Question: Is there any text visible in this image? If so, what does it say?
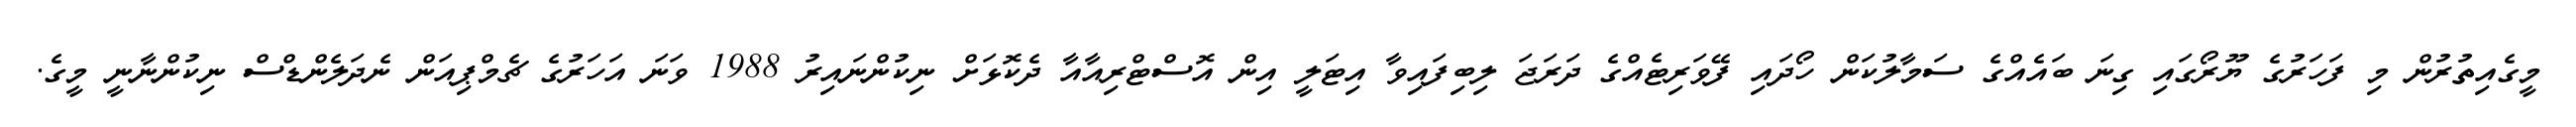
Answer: މީގެއިތުރުން މި ފަހަރުގެ ޔޫރޯގައި ގިނަ ބައެއްގެ ސަމާލުކަން ހޯދައި ފޭވަރިޓެއްގެ ދަރަޖަ ލިބިފައިވާ އިޓަލީ އިން އޮސްޓްރިއާއާ ދެކޮޅަށް ނިކުންނައިރު 1988 ވަނަ އަހަރުގެ ޗެމްޕިއަން ނެދަލެންޑްސް ނިކުންނާނީ މީގެ.